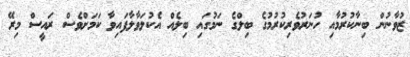
ޒުވާނުން ބިނާކުރުމާއި ހުނަރުވެރިކުރުމުގެ ބިލްގެ ނަމުގައި ބިލެއް އެކުލަވާލާފައިވާ ކަމަށްވެސް ރައީސް މިރޭ